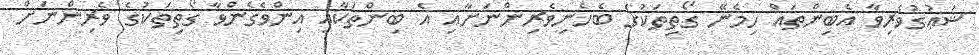
ޝަޢުގުވެރިވާ އެބިންތައް ހިމެނޭ ގޯތިތަކުގެ ބެހެނިވެރިންނަށާއި އެ ބިންތަކާއި އިންވެގެންވާ ގޯތިތަކުގެ ވެރިންނަށް